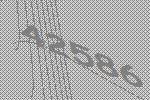
42586